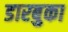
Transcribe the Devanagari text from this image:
डारबुका